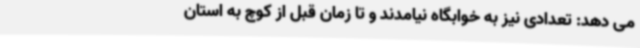
می دهد: تعدادی نیز به خوابگاه نیامدند و تا زمان قبل از کوچ به استان